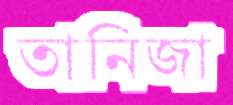
তানিজা